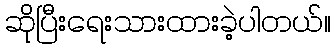
ဆိုပြီးရေးသားထားခဲ့ပါတယ်။